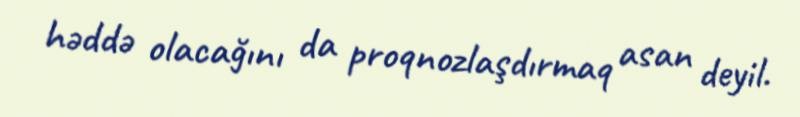
həddə olacağını da proqnozlaşdırmaq asan deyil.